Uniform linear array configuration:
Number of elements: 16
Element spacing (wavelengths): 0.5
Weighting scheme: binomial
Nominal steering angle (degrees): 45
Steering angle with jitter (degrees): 44.048
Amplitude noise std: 0.05
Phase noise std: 0.05

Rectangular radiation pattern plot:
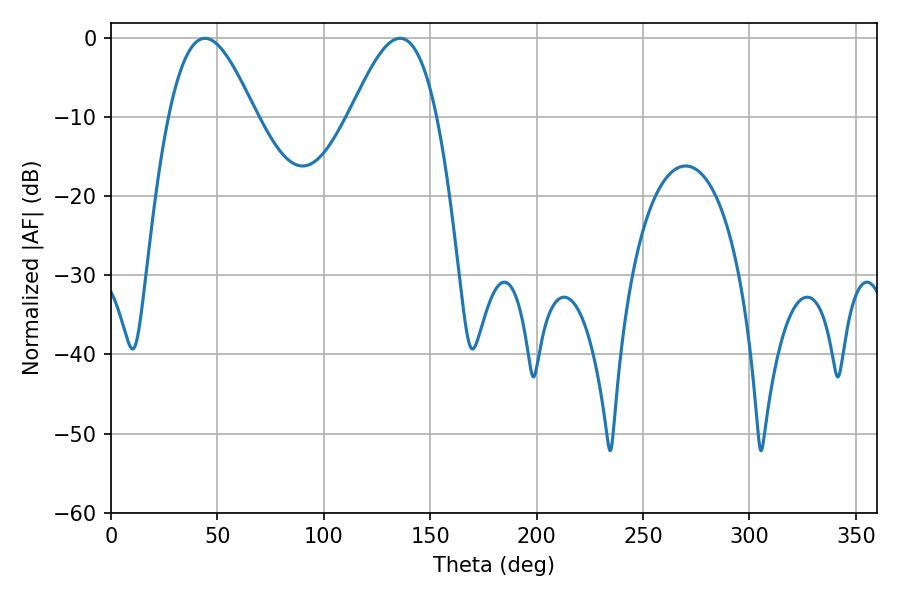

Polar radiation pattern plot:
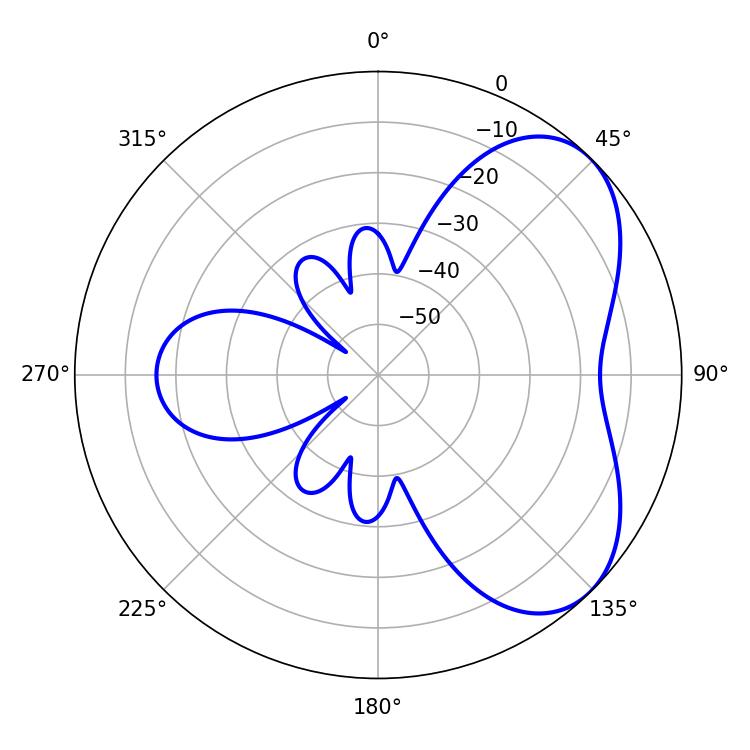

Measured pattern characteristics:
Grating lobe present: FALSE
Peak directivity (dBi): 5.212
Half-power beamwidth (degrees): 21.96
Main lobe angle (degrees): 44.1